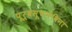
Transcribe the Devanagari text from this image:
पूर्वसूचनेविना